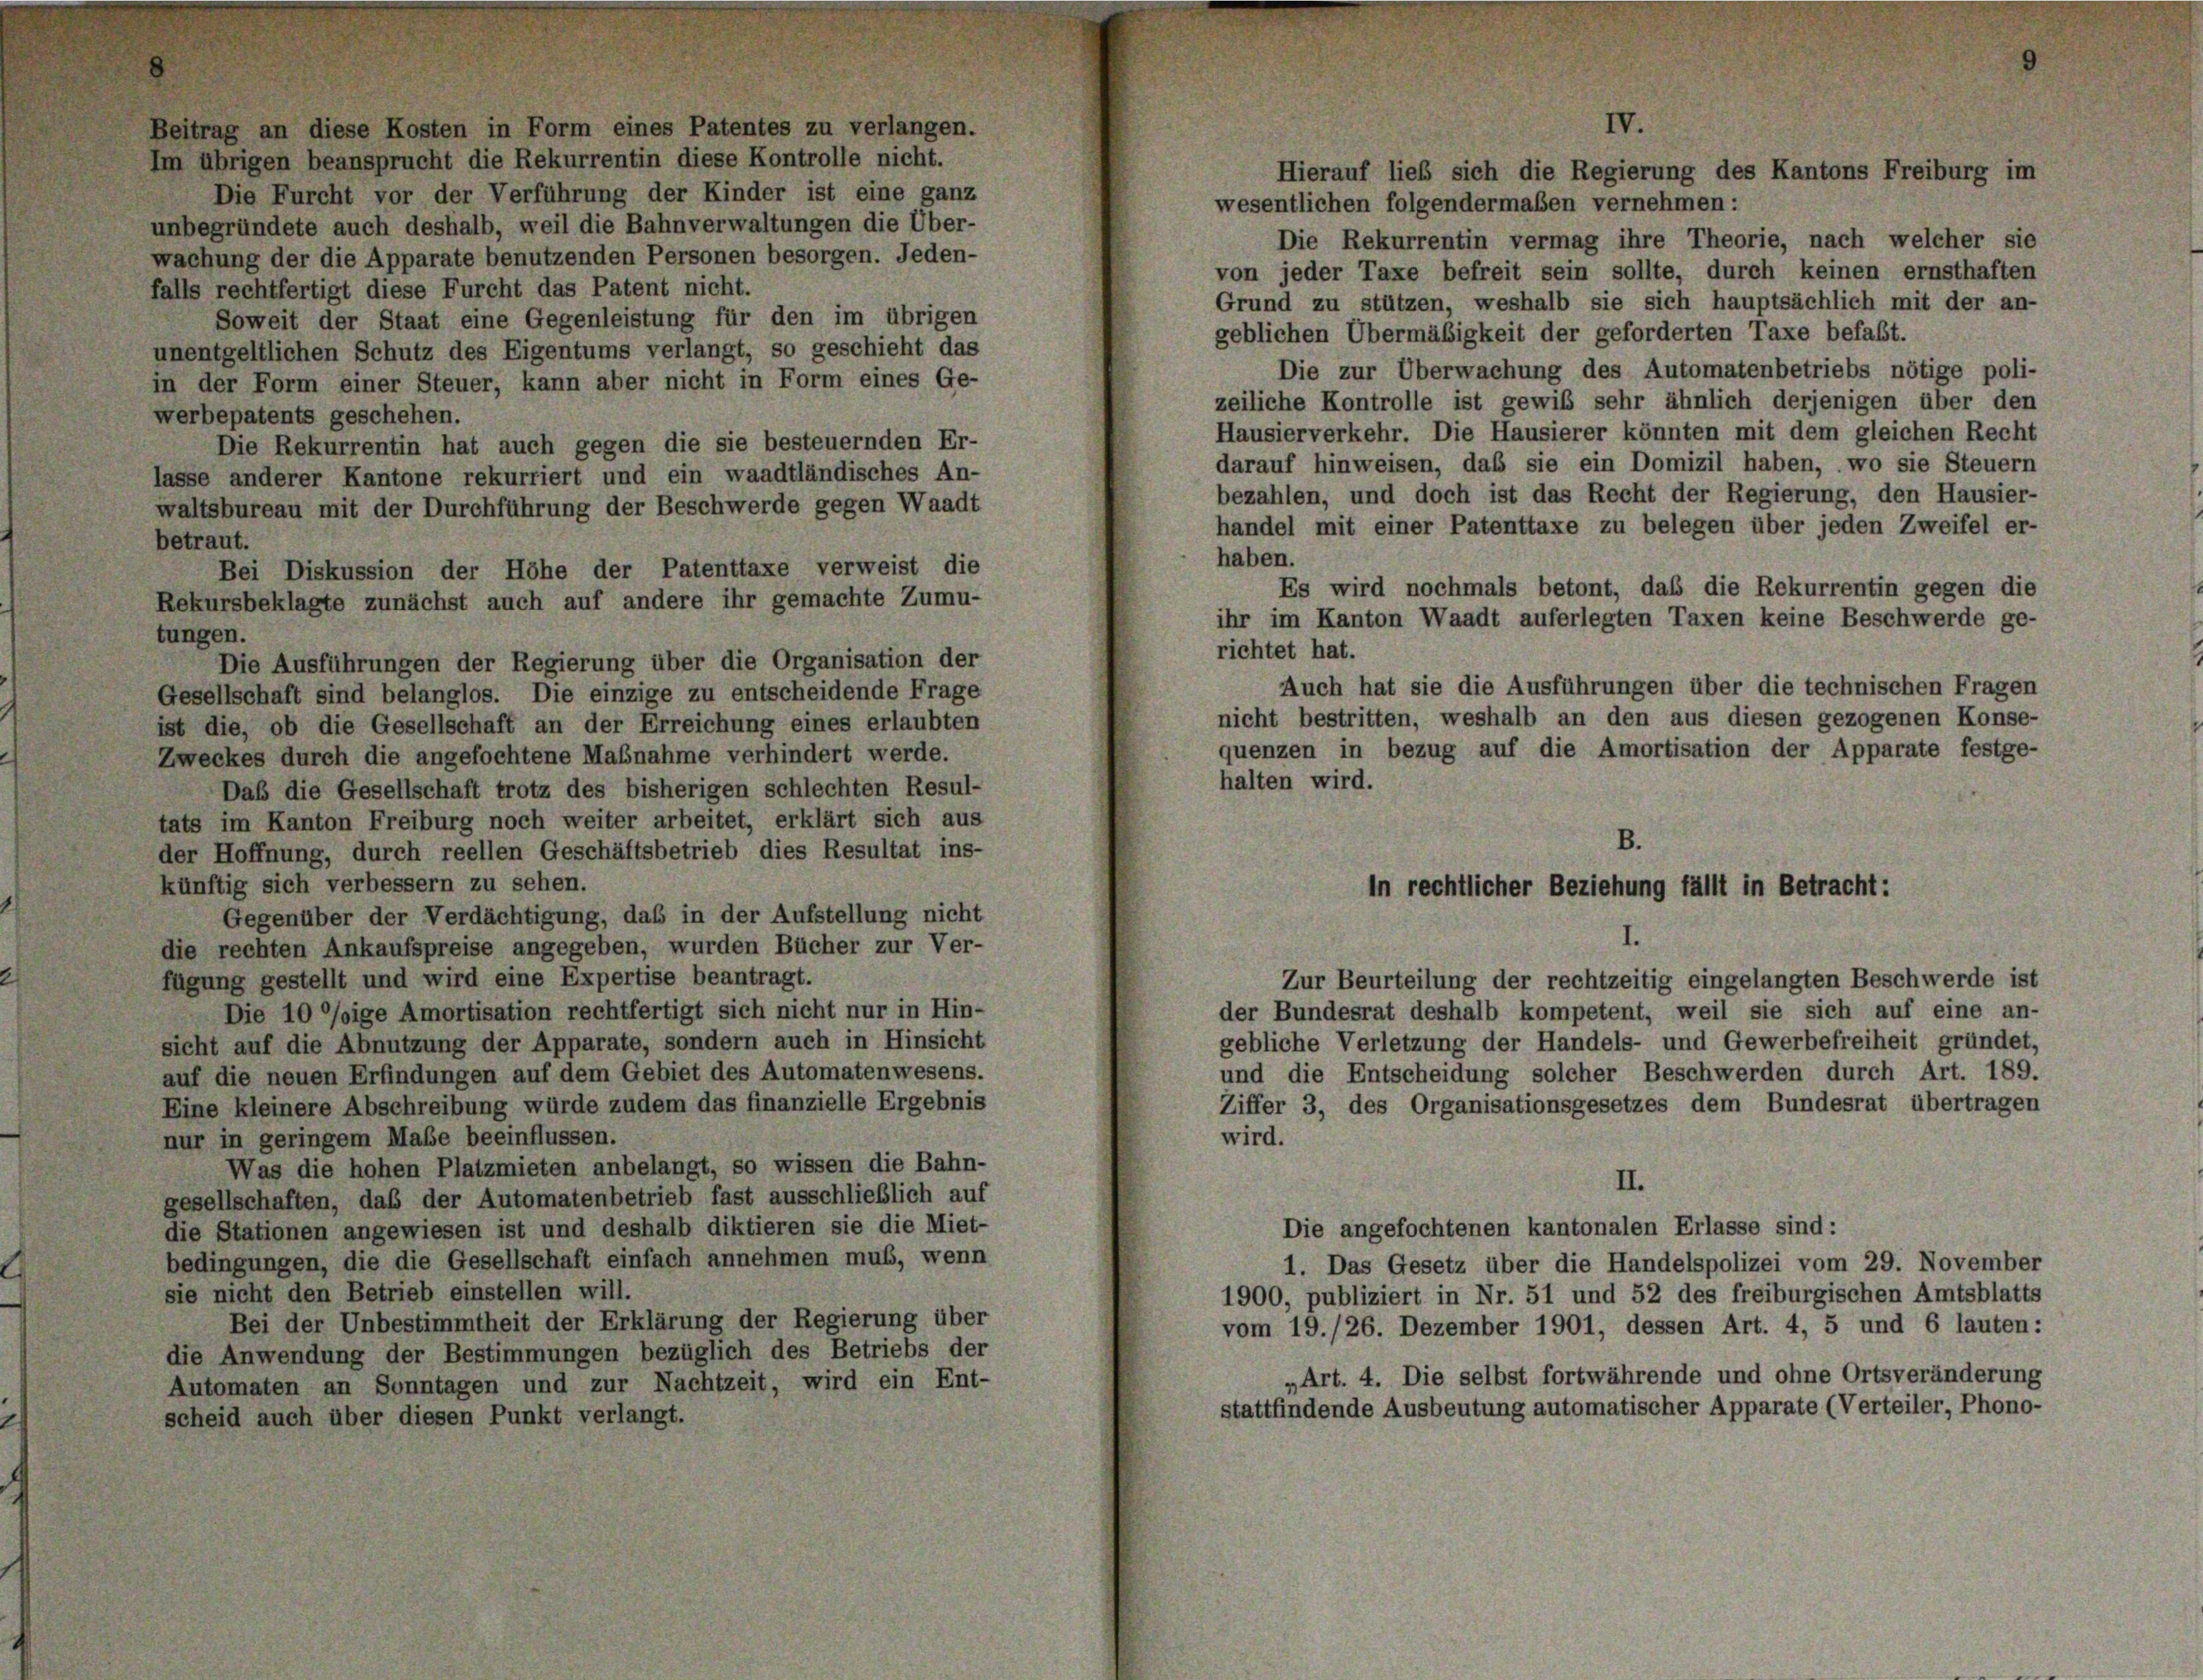
Beitrag an diese Kosten in Form eines Patentes zu verlangen.

IV.
Im übrigen beansprucht die Rekurrentin diese Kontrolle nicht.
Die Furcht vor der Verführung der Kinder ist eine ganz
wesentlichen folgendermaßen vernehmen:
unbegründete auch deshalb, weil die Bahnverwaltungen die Über-
Die Rekurrentin vermag ihre Theorie, nach welcher sie
wachung der die Apparate benutzenden Personen besorgen. Jeden-
von jeder Taxe befreit sein sollte, durch keinen ernsthaften
falls rechtfertigt diese Furcht das Patent nicht.
Grund zu stützen, weshalb sie sich hauptsächlich mit der an-
Soweit der Staat eine Gegenleistung für den im übrigen
geblichen Übermäßigkeit der geforderten Taxe befaßt.
unentgeltlichen Schutz des Eigentums verlangt, so geschieht das
Die zur Überwachung des Automatenbetriebs nötige poli-
in der Form einer Steuer, kann aber nicht in Form eines Ge-
zeiliche Kontrolle ist gewiß sehr ähnlich derjenigen über den
werbepatents geschehen.
Hausierverkehr. Die Hausierer könnten mit dem gleichen Recht
Die Rekurrentin hat auch gegen die sie besteuernden Er-
darauf hinweisen, daß sie ein Domizil haben, wo sie Steuern
lasse anderer Kantone rekurriert und ein waadtländisches An-
bezahlen, und doch ist das Recht der Regierung, den Hausier-
waltsbureau mit der Durchführung der Beschwerde gegen Waadt
handel mit einer Patenttaxe zu belegen über jeden Zweifel er-
betraut.
haben.
Bei Diskussion der Höhe der Patenttaxe verweist die
Es wird nochmals betont, daß die Rekurrentin gegen die
Rekursbeklagte zunächst auch auf andere ihr gemachte Zumu-
ihr im Kanton Waadt auferlegten Taxen keine Beschwerde ge-
tungen.
richtet hat.
Die Ausführungen der Regierung über die Organisation der
Auch hat sie die Ausführungen über die technischen Fragen
Gesellschaft sind belanglos. Die einzige zu entscheidende Frage
nicht bestritten, weshalb an den aus diesen gezogenen Konse-
ist die, ob die Gesellschaft an der Erreichung eines erlaubten
quenzen in bezug auf die Amortisation der Apparate festge-
Zweckes durch die angefochtene Maßnahme verhindert werde.
halten wird.
Daß die Gesellschaft trotz des bisherigen schlechten Resul-
tats im Kanton Freiburg noch weiter arbeitet, erklärt sich aus
B.
der Hoffnung, durch reellen Geschäftsbetrieb dies Resultat ins-
künftig sich verbessern zu sehen.
in rechtlicher Beziehung fällt in Betracht:
Gegenüber der Verdächtigung, daß in der Aufstellung nicht
I.
die rechten Ankaufspreise angegeben, wurden Bücher zur Ver-
fügung gestellt und wird eine Expertise beantragt.
Zur Beurteilung der rechtzeitig eingelangten Beschwerde ist
Die 10 lige Amortisation rechtfertigt sich nicht nur in Hin-
der Bundesrat deshalb kompetent, weil sie sich auf eine an-
gebliche Verletzung der Handels- und Gewerbefreiheit gründet,
sicht auf die Abnutzung der Apparate, sondern auch in Hinsicht
und die Entscheidung solcher Beschwerden durch Art. 189.
auf die neuen Erfindungen auf dem Gebiet des Automatenwesens.
Ziffer 3, des Organisationsgesetzes dem Bundesrat übertragen
Eine kleinere Abschreibung würde zudem das finanzielle Ergebnis
wird.
nur in geringem Maße beeinflussen.
Was die hohen Platzmieten anbelangt, so wissen die Bahn-
II.
gesellschaften, daß der Automatenbetrieb fast ausschließlich auf
Die angefochtenen kantonalen Erlasse sind:
die Stationen angewiesen ist und deshalb diktieren sie die Miet-
bedingungen, die die Gesellschaft einfach annehmen muß, wenn
1. Das Gesetz über die Handelspolizei vom 29. November
sie nicht den Betrieb einstellen will.
1900, publiziert in Nr. 51 und 52 des freiburgischen Amtsblatts
Bei der Unbestimmtheit der Erklärung der Regierung über
vom 19./26. Dezember 1901, dessen Art. 4, 5 und 6 lauten:
die Anwendung der Bestimmungen bezüglich des Betriebs der
„Art. 4. Die selbst fortwährende und ohne Ortsveränderung
Automaten an Sonntagen und zur Nachtzeit, wird ein Ent-
stattfindende Ausbeutung automatischer Apparate (Verteiler, Phono-
scheid auch über diesen Punkt verlangt.

Hierauf lieb sich die Regierung des Kantons Freiburg im